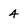
Character: 4